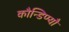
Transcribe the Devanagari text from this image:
कौन्डिण्यौ